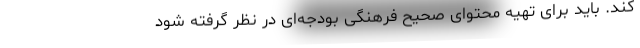
‌کند. باید برای تهیه محتوای صحیح فرهنگی بودجه‌ای در نظر گرفته شود